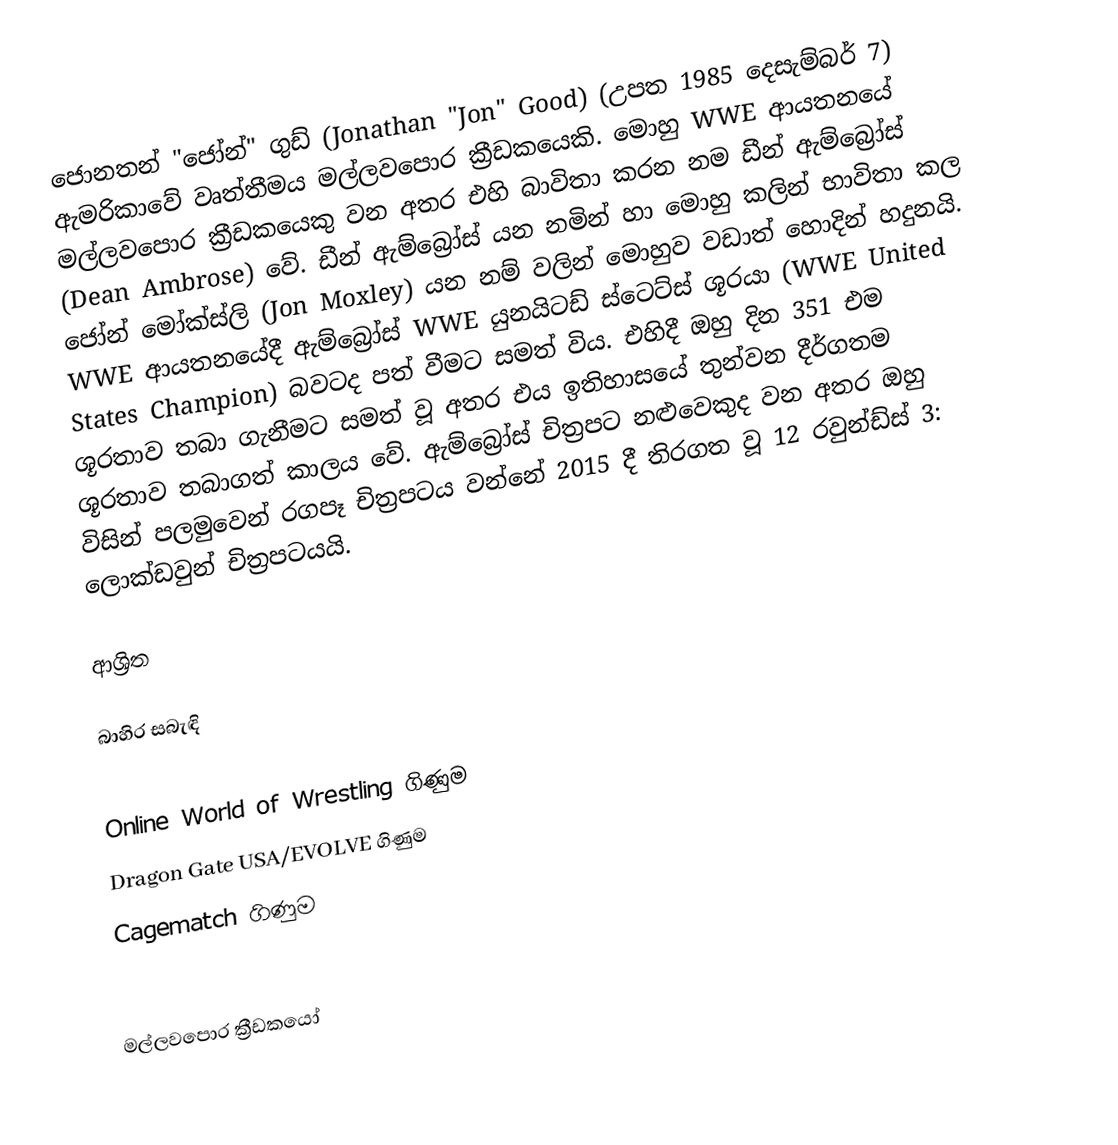
ජොනතන් "ජෝන්" ගුඩ් (Jonathan "Jon" Good) (උපත 1985 දෙසැම්බර් 7) ඇමරිකාවේ වෘත්තීමය මල්ලවපොර ක්‍රීඩකයෙකි. මොහු WWE ආයතනයේ මල්ලවපොර ක්‍රීඩකයෙකු වන අතර එහි බාවිතා කරන නම ඩීන් ඇම්බ්‍රෝස් (Dean Ambrose) වේ. ඩීන් ඇම්බ්‍රෝස් යන නමින් හා මොහු කලින් භාවිතා කල ජෝන් මෝක්ස්ලි (Jon Moxley) යන නම් වලින් මොහුව වඩාත් හොදින් හදුනයි. WWE  ආයතනයේදී ඇම්බ්‍රෝස් WWE යුනයිටඩ් ස්ටෙට්ස් ශූරයා (WWE United States Champion) බවටද පත් වීමට සමත් විය. එහිදී ඔහු දින 351 එම ශූරතාව තබා ගැනීමට සමත් වූ අතර එය ඉතිහාසයේ තුන්වන දීර්ගතම ශූරතාව තබාගත් කාලය වේ. ඇම්බ්‍රෝස් චිත්‍රපට නළුවෙකුද වන අතර ඔහු විසින් පලමුවෙන් රගපෑ චිත්‍රපටය වන්නේ 2015 දී තිරගත වූ 12 රවුන්ඩ්ස් 3: ලොක්ඩවුන් චිත්‍රපටයයි.

ආශ්‍රිත

බාහිර සබැඳි

 Online World of Wrestling ගිණුම
 Dragon Gate USA/EVOLVE ගිණුම
 Cagematch ගිණුම

මල්ලවපොර ක්‍රීඩකයෝ